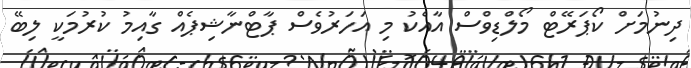
ދިނުމަށް ކޯޕަރޭޓް މޯލްޑިވްސް އާއެކު މި އަހަރުވެސް ޕާޓްނާޝިޕެއް ގާއިމު ކުރުމަކީ ލިބޭ